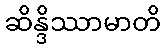
ဆိန္ဒိဿာမာတိ